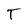
Character: T